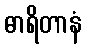
ဓာရိတာနံ